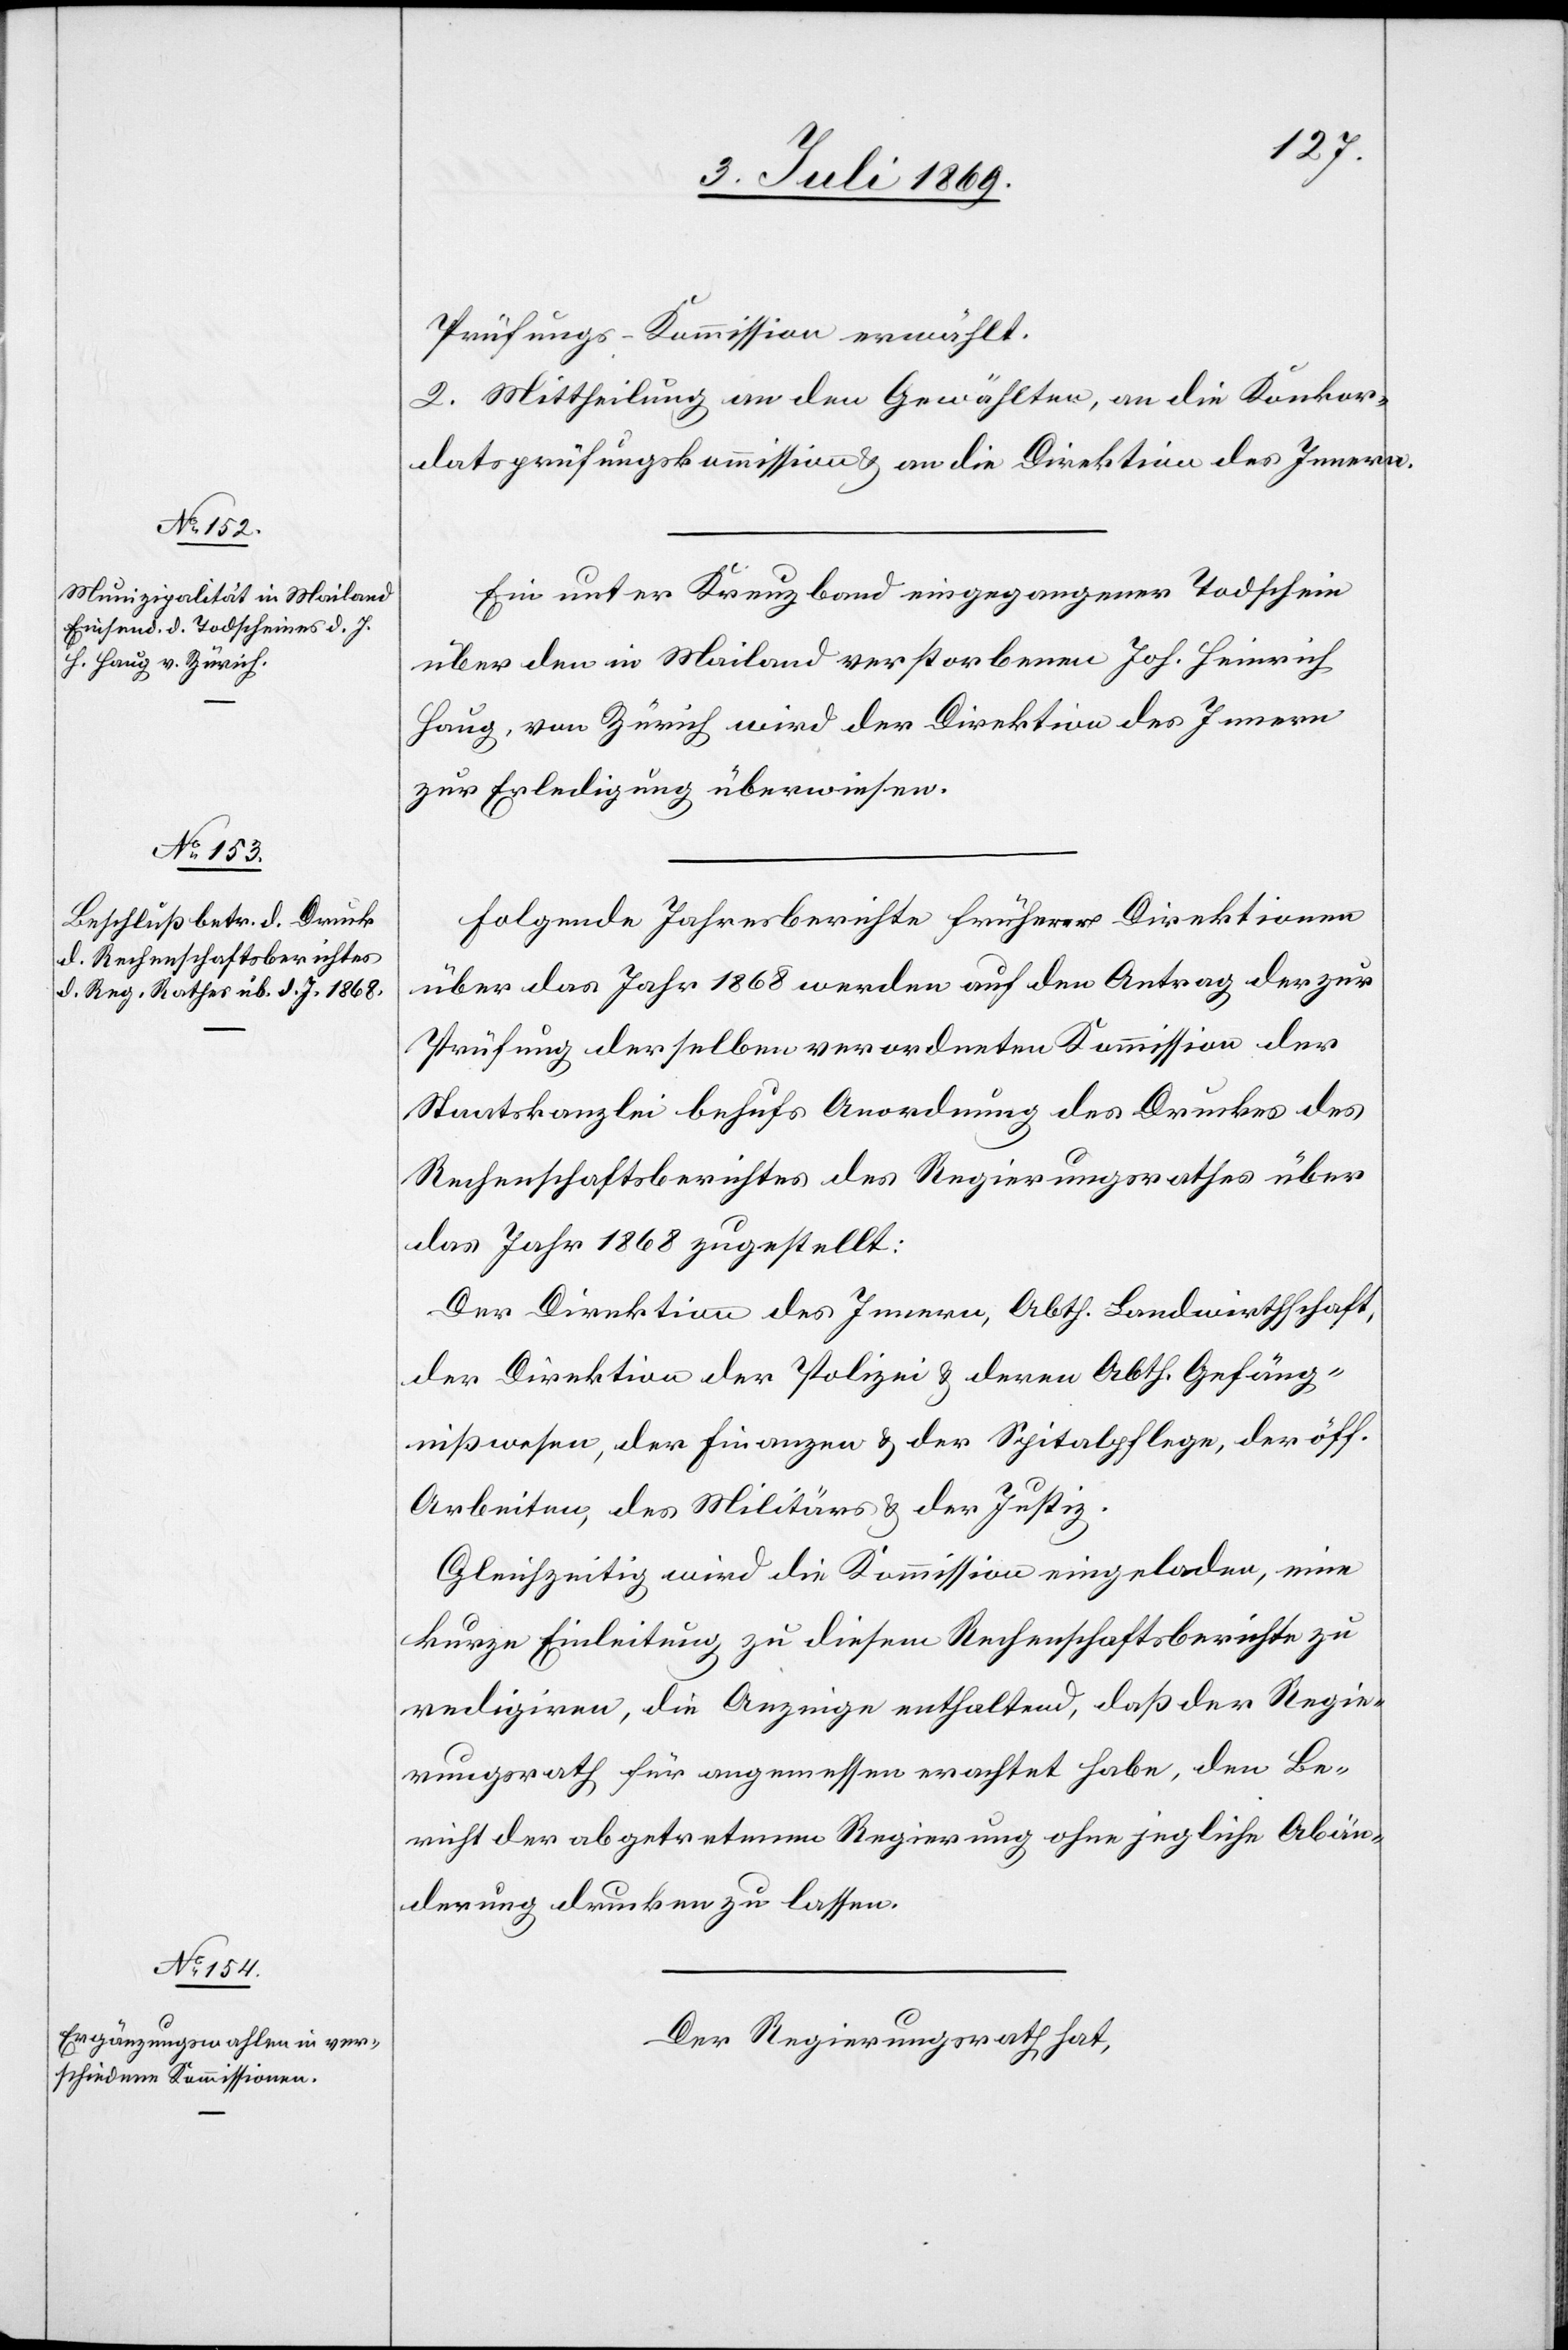
Prüfungs-Kommission erwählt.
2. Mittheilung an den Gewählten, an die Konkor¬
datsprüfungskommission u. an die Direktion des Innern.
Ein unter Kreuzland eingegangener Todschein
über den in Mailand verstorbenen Joh. Heinrich
Haug, von Zürich, wird der Direktion des Innern
zur Erledigung überwiesen.
Folgende Jahresberichte früherer Direktionen
über das Jahr 1868 werden auf den Antrag der zur
Prüfung derselben verordneten Kommission der
Staatskanzlei behufs Anordnung des Druckes des
Rechenschaftsberichtes des Regierungsrathes über
das Jahr 1868 zugestellt:
Der Direktion des Innern, Abth. Landwirthschaft,
der Direktion der Polizei u. deren Abth. Gefäng¬
nißwesen, der Finanzen u. der Spitalpflege, der öff.
Arbeiten, des Militärs u. der Justiz.
Gleichzeitig wird die Kommission eingeladen, eine
kurze Einleitung zu diesem Rechenschaftsberichte zu
redigiren, die Anzeige enthaltend, daß der Regie¬
rungsrath für angemessen erachtet habe, den Be¬
richt der abgetretenen Regierung ohne jegliche Abän¬
derung drucken zu lassen.
Der Regierungsrath hat,